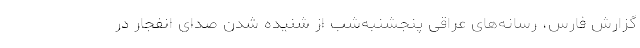
گزارش فارس، رسانه‌های عراقی پنجشنبه‌شب از شنیده شدن صدای انفجار در